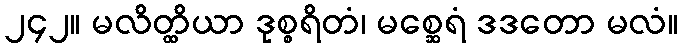
၂၄၂။ မလိတ္ထိယာ ဒုစ္စရိတံ၊ မစ္ဆေရံ ဒဒတော မလံ။